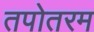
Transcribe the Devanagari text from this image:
तपोतरम